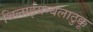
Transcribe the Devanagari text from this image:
थिलाईयम्बलाठुक्कू